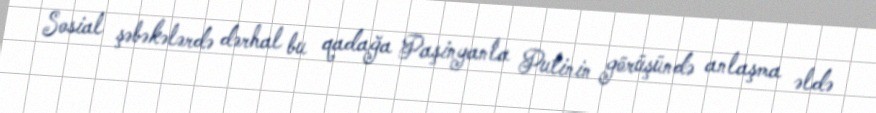
Sosial şəbəkələrdə dərhal bu qadağa Paşinyanla Putinin görüşündə anlaşma əldə